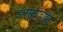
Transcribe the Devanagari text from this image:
इन्स्टीच्यूट